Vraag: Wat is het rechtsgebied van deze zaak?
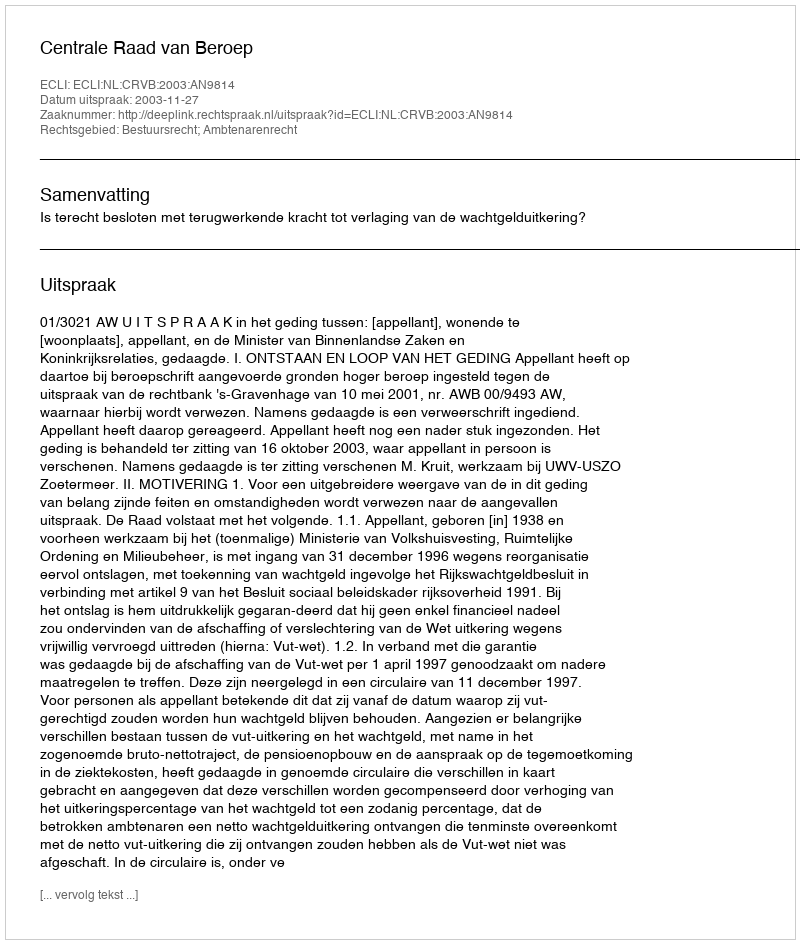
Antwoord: Bestuursrecht; Ambtenarenrecht